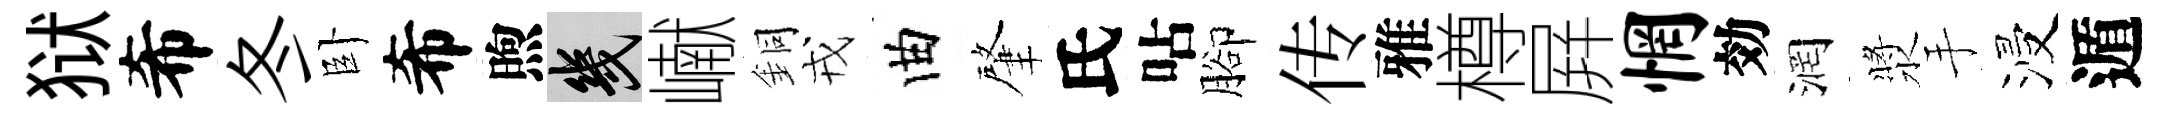
狱希冬卧希煦幾𪩘銅戎曲肇氏呫腳传雅樽屛惘効润漿手浸遁